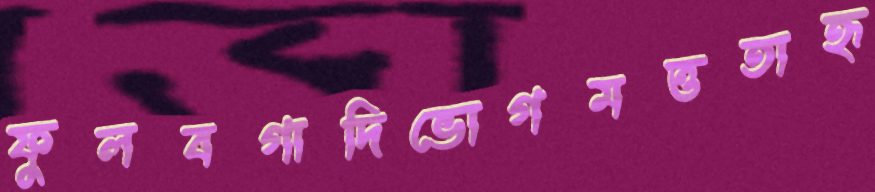
ফুলবগাদিভোগমত্ততাহৃ